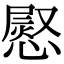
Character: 𢟬